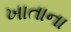
ખાતાના